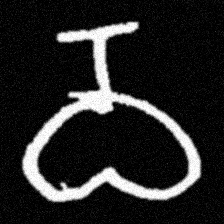
Pyu character \u2014 Myanmar letter: ဝ (romanized: wa)